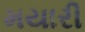
મયારી